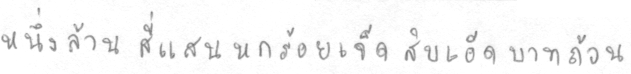
หนึ่งล้านสี่แสนหกร้อยเจ็ดสิบเอ็ดบาทถ้วน